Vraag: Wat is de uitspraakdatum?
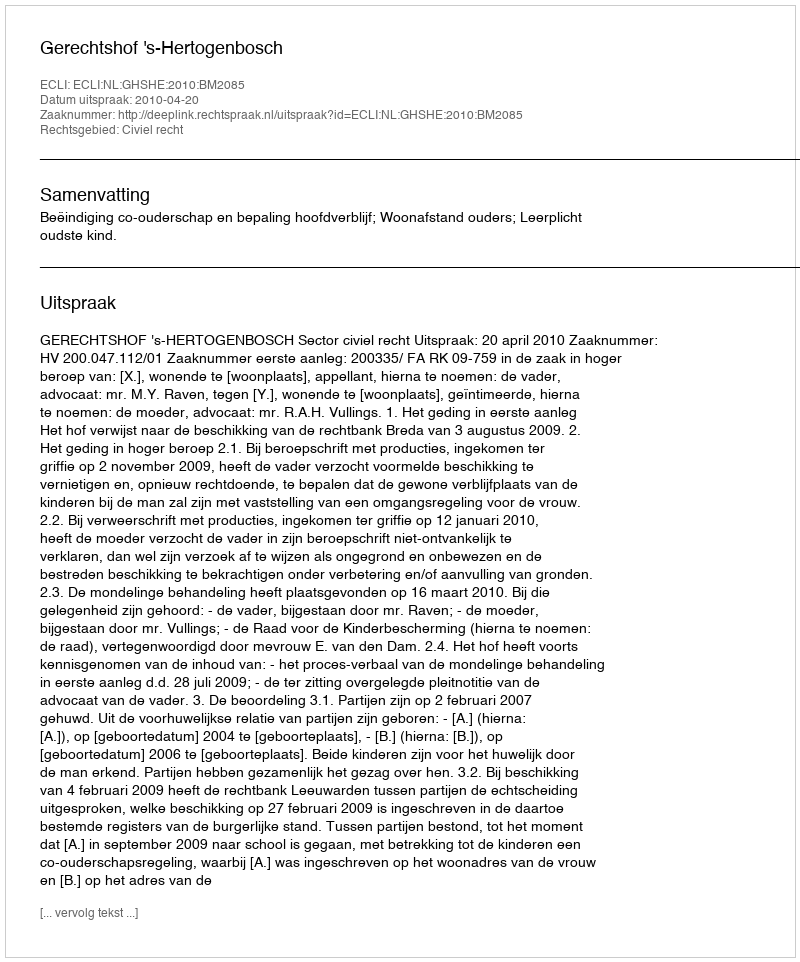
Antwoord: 2010-04-20